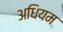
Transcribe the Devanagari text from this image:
अधियम